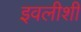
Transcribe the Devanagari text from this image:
इवलीशी